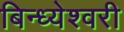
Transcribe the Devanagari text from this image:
बिन्ध्येश्वरी